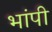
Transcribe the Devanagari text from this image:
भांपी